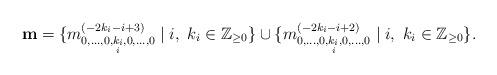
LaTeX: \begin{align*}{\bf m} = \{ m^{(-2k_{i}-i+3)}_{0,\ldots, 0,\underset{i}{k_{i}},0, \ldots, 0}\mid i , \ k_{i} \in \mathbb{Z}_{\geq0} \}\cup \{ m^{(-2k_{i}-i+2)}_{0,\ldots, 0,\underset{i}{k_{i}},0, \ldots, 0}\mid i , \ k_{i} \in \mathbb{Z}_{\geq0} \}.\end{align*}